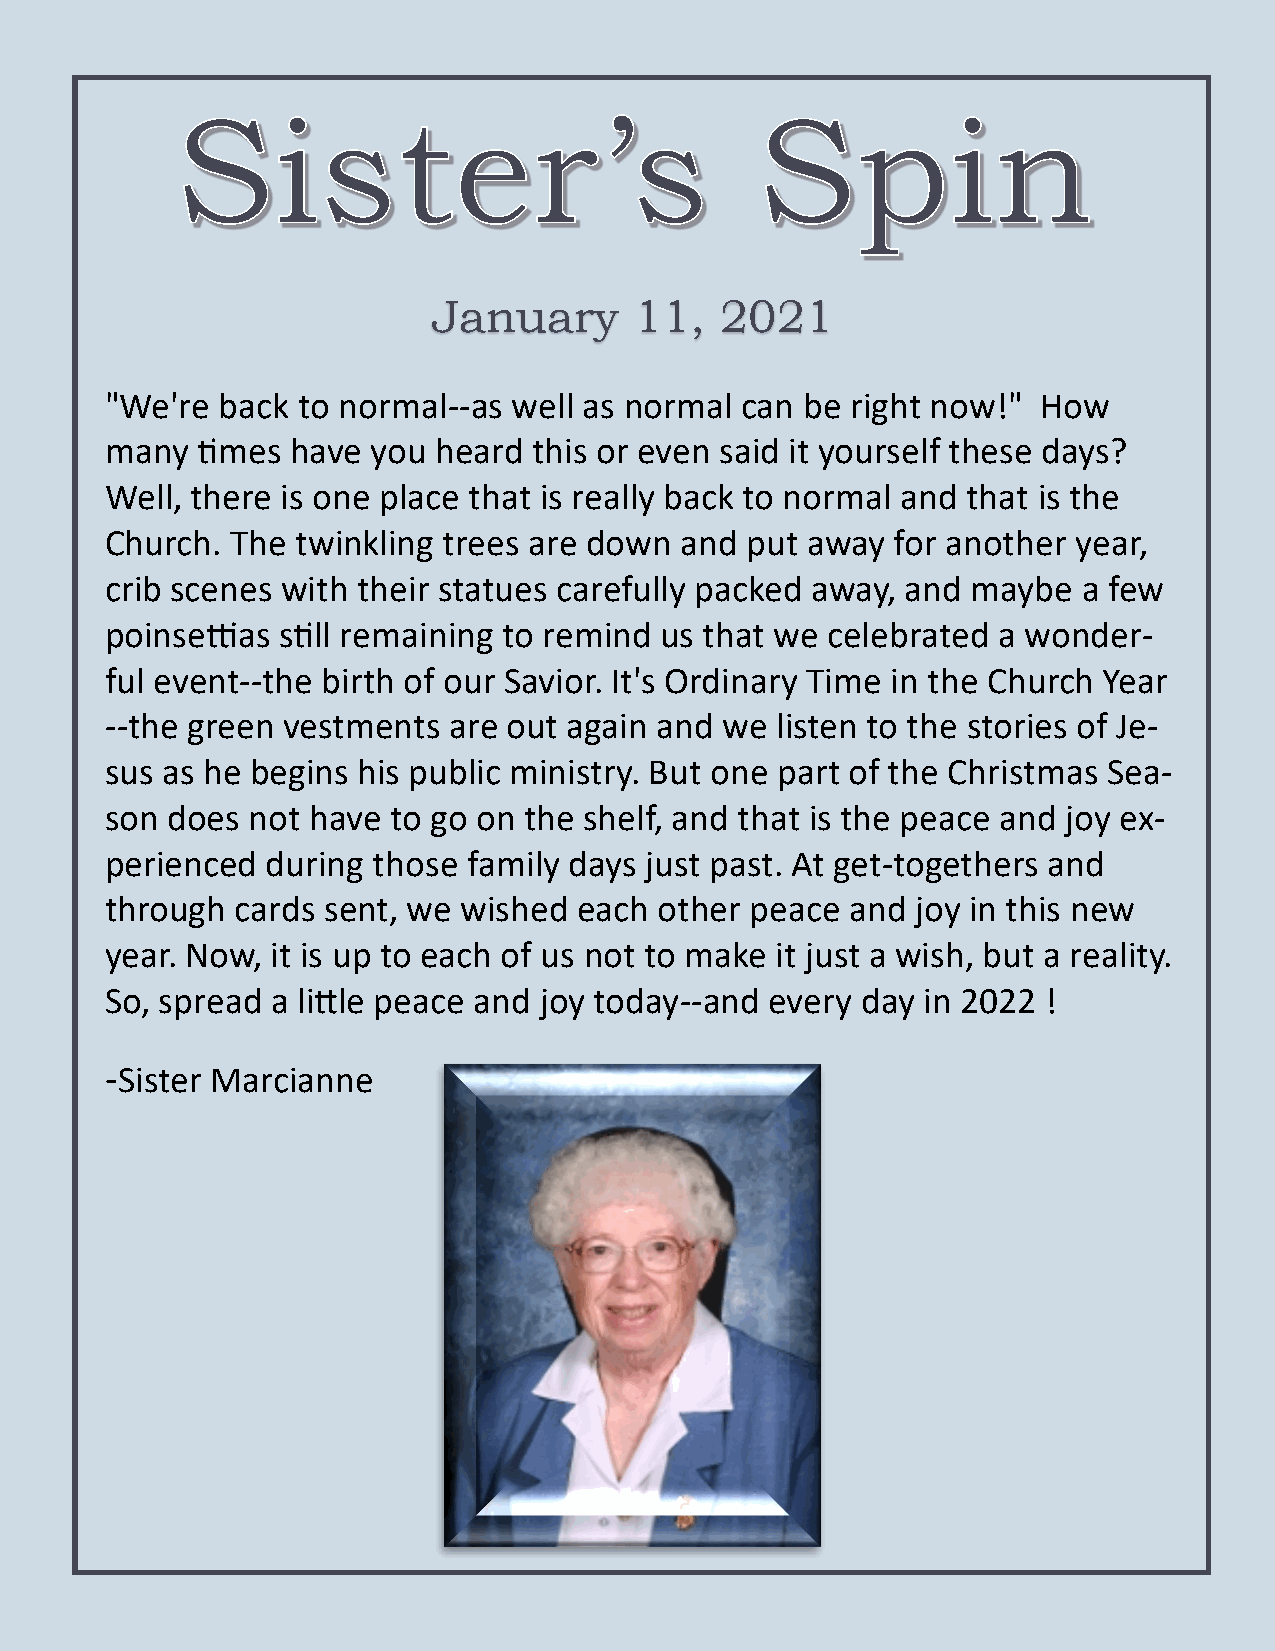
January      11,   2021
 "We're back  to normal--as well as normal can be right now!"  How
 many  times have  you heard this or even said it yourself these days?
 Well, there is one place that is really back to normal and that is the
 Church. The  twinkling trees are down and put away  for another year,
 crib scenes with their statues carefully packed away, and maybe  a few
 poinsettias still remaining to remind us that we celebrated a wonder-
 ful event--the birth of our Savior. It's Ordinary Time in the Church Year
 --the green vestments  are out again and we listen to the stories of Je-
 sus as he begins his public ministry. But one part of the Christmas Sea-
 son does not  have to go on the shelf, and that is the peace and joy ex-
 perienced  during those family days just past. At get-togethers and
 through  cards sent, we wished each  other peace and  joy in this new
 year. Now, it is up to each of us not to make it just a wish, but a reality.
 So, spread a little peace and joy today--and every day in 2022 !
 -Sister Marcianne